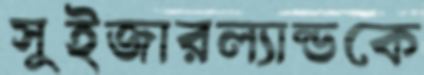
সুইজারল্যান্ডকে